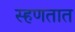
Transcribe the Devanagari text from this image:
स्हणतात